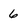
Character: 6